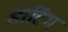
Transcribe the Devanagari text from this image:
डार्टिंग